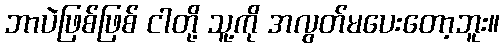
ဘာပဲဖြစ်ဖြစ် ငါတို့ သူ့ကို အလွတ်မပေးတော့ဘူး။